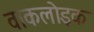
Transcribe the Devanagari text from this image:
वाकलोइक